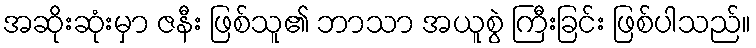
အဆိုးဆုံးမှာ ဇနီး ဖြစ်သူ၏ ဘာသာ အယူစွဲ ကြီးခြင်း ဖြစ်ပါသည်။